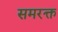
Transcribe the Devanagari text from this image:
समरक्त